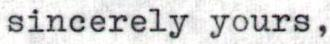
sincerely yours,